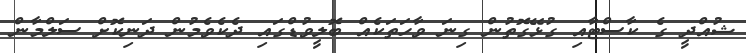
ޝުއްދީ ގެ ކާސްޓާއި ގުޅޭގޮތުން ގިނަ ވާހަތަކެއް ބޮލީވުޑްގައި ދެކެވެމުން ދަނިކޮށް ސަލްމާން